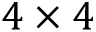
4 \times 4